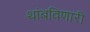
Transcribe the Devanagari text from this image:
थांबविणारी